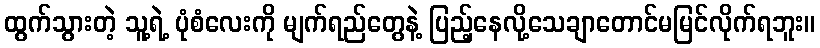
ထွက်သွားတဲ့ သူ့ရဲ့ ပုံစံလေးကို မျက်ရည်တွေနဲ့ ပြည့်နေလို့သေချာတောင်မမြင်လိုက်ရဘူး။